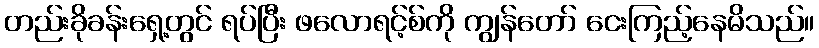
တည်းခိုခန်းရှေ့တွင် ရပ်ပြီး ဖလောရင့်စ်ကို ကျွန်တော် ငေးကြည့်နေမိသည်။